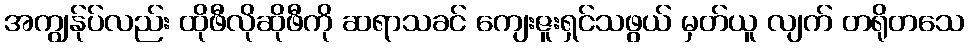
အကျွန်ုပ်လည်း ထိုဖီလိုဆိုဖီကို ဆရာသခင် ကျေးဇူးရှင်သဖွယ် မှတ်ယူ လျက် တရိုတသေ